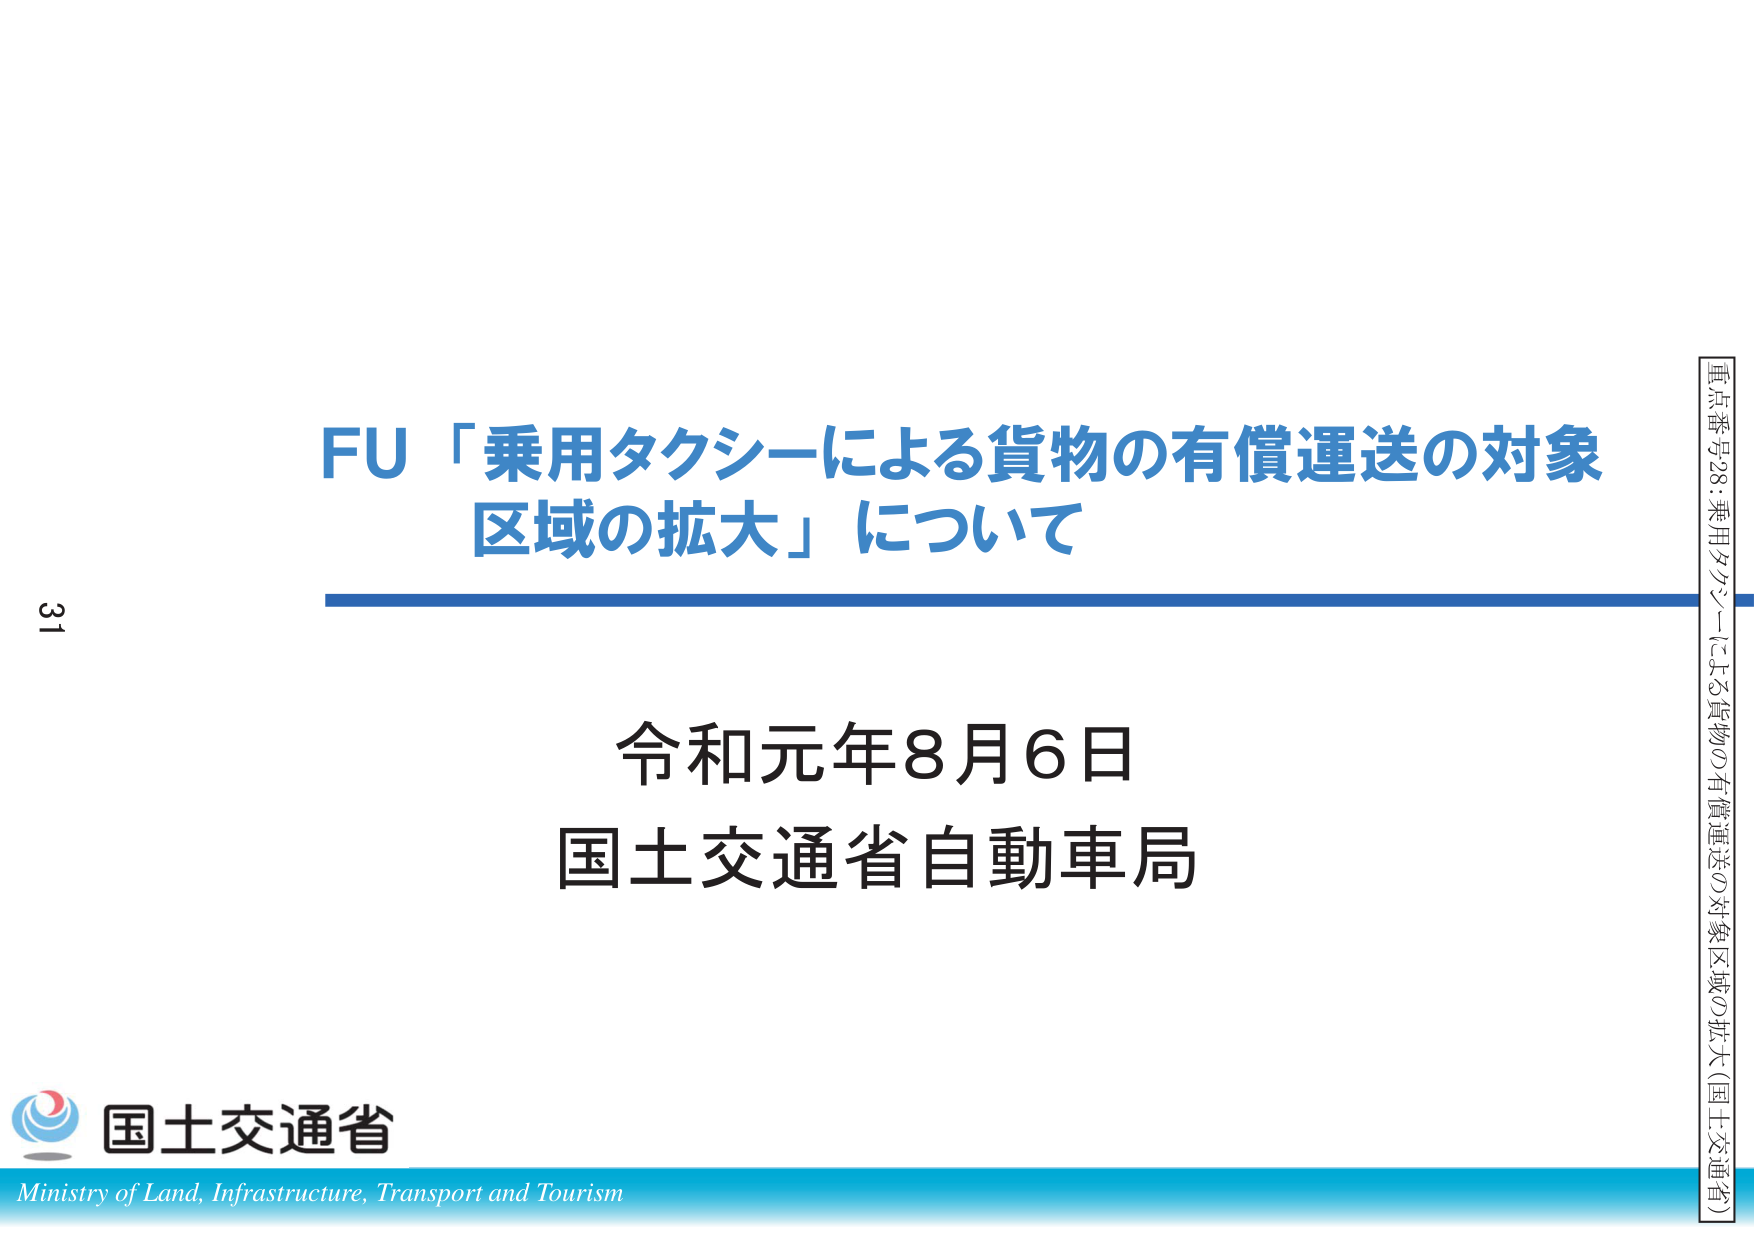
FU「乗用タクシーによる貨物の有償運送の対象区域の拡大」について

令和元年8月6日
国土交通省自動車局

重点番号28：乗用タクシーによる貨物の有償運送の対象区域の拡大（国土交通省）

31

国土交通省
Ministry of Land, Infrastructure, Transport and Tourism